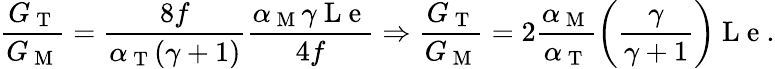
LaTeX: \frac{G_{\mathrm{~T~}}}{G_{\mathrm{~M~}}}=\frac{8f}{\alpha_{\mathrm{~T~}}(\gamma+1)}\frac{\alpha_{\mathrm{~M~}}\gamma\mathrm{~L~e~}}{4f}\Rightarrow\frac{G_{\mathrm{~T~}}}{G_{\mathrm{~M~}}}=2\frac{\alpha_{\mathrm{~M~}}}{\alpha_{\mathrm{~T~}}}\bigg(\frac{\gamma}{\gamma+1}\bigg)\mathrm{~L~e~}.